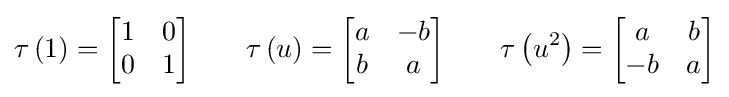
\tau \left(1\right)={\begin{bmatrix}1&0\\0&1\\\end{bmatrix}}\qquad \tau \left(u\right)={\begin{bmatrix}a&-b\\b&a\\\end{bmatrix}}\qquad \tau \left(u^{2}\right)={\begin{bmatrix}a&b\\-b&a\\\end{bmatrix}}